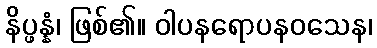
နိပ္ဖန္နံ၊ ဖြစ်၏။ ဝါပနရောပနဝသေန၊